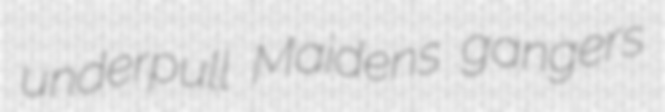
underpull Maidens gangers